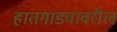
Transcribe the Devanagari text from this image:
हातगाड्यावरील